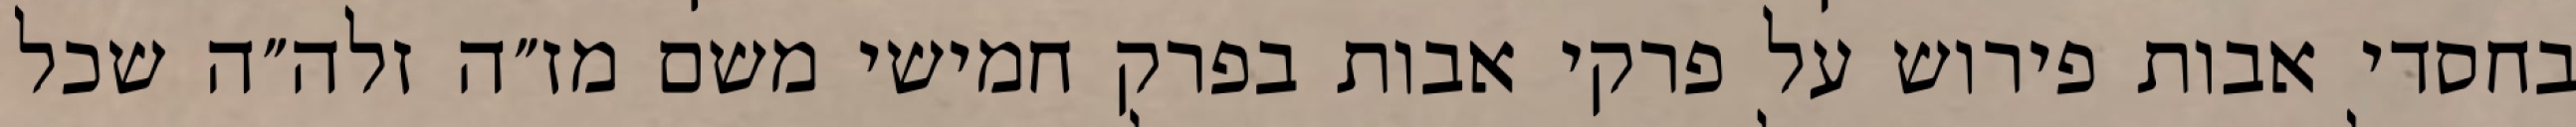
בחסדי אבות פירוש על פרקי אבות בפרק חמישי משם מז״ה זלה״ה שכל